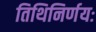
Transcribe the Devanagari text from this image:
तिथिनिर्णयः